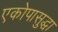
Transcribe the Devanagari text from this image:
एकोपासुद्धा